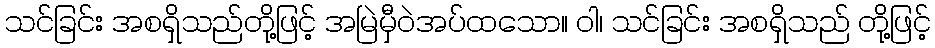
သင်ခြင်း အစရှိသည်တို့ဖြင့် အမြဲမှီဝဲအပ်ထသော။ ဝါ၊ သင်ခြင်း အစရှိသည် တို့ဖြင့်